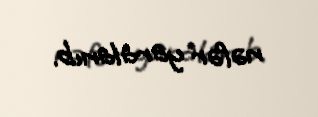
nəfər yaralanıb.